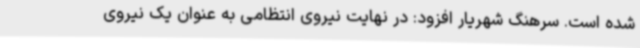
شده است. سرهنگ شهریار افزود: در نهایت نیروی انتظامی به عنوان یک نیروی